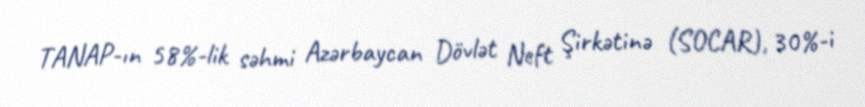
TANAP-ın 58%-lik səhmi Azərbaycan Dövlət Neft Şirkətinə (SOCAR), 30%-i